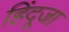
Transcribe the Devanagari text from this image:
हिंदूजा